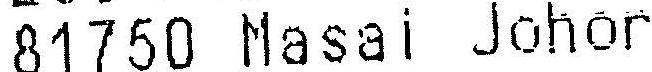
81750 MASAI JOHOR